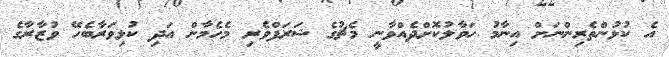
އެ ކުޅުންތެރިންނަށް އިނާމު ހަވާލުކޮށްދެއްވާނީ މެޗުގެ ޝަރަފްވެރި މެހެމާން އަދި ކުޅިވަރާބެހޭ ވުޒާރާގެ